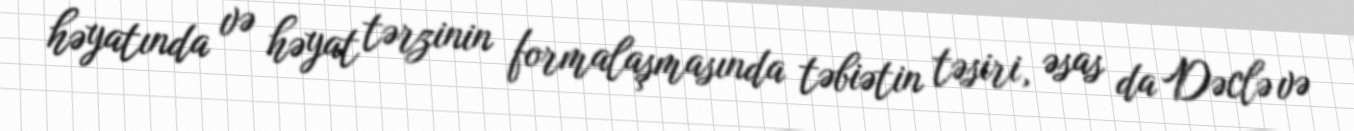
həyatında və həyat tərzinin formalaşmasında təbiətin təsiri, əsas da Dəclə və